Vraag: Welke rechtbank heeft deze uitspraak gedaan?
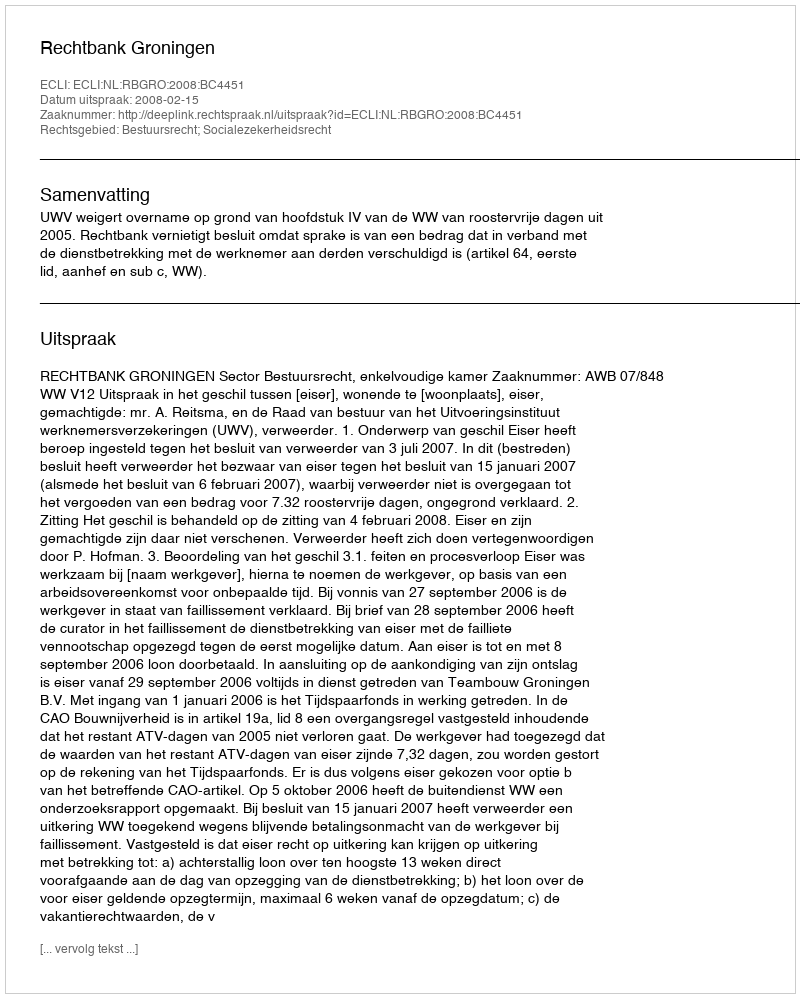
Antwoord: Rechtbank Groningen